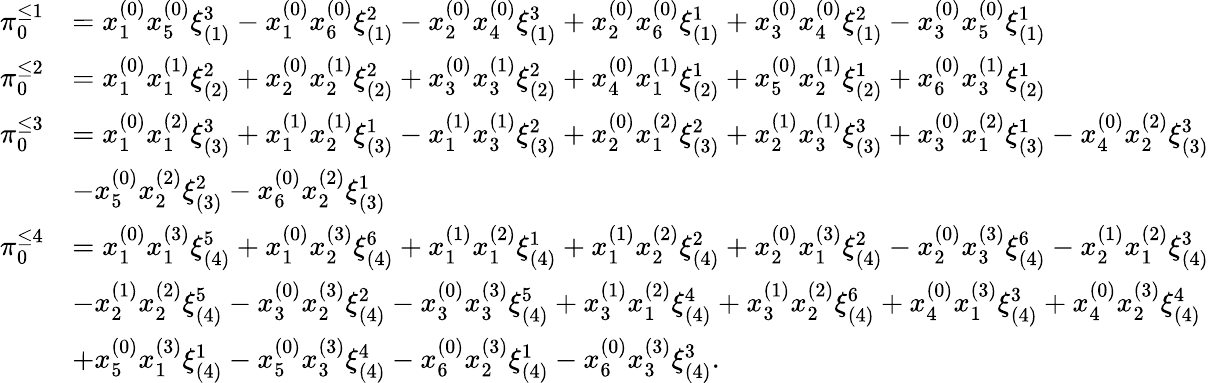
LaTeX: \begin{array}{rl}{\pi_{0}^{\leq 1}}&{=x_{1}^{(0)}x_{5}^{(0)}\xi_{(1)}^{3}-x_{1}^{(0)}x_{6}^{(0)}\xi_{(1)}^{2}-x_{2}^{(0)}x_{4}^{(0)}\xi_{(1)}^{3}+x_{2}^{(0)}x_{6}^{(0)}\xi_{(1)}^{1}+x_{3}^{(0)}x_{4}^{(0)}\xi_{(1)}^{2}-x_{3}^{(0)}x_{5}^{(0)}\xi_{(1)}^{1}}\\ {\pi_{0}^{\leq 2}}&{=x_{1}^{(0)}x_{1}^{(1)}\xi_{(2)}^{2}+x_{2}^{(0)}x_{2}^{(1)}\xi_{(2)}^{2}+x_{3}^{(0)}x_{3}^{(1)}\xi_{(2)}^{2}+x_{4}^{(0)}x_{1}^{(1)}\xi_{(2)}^{1}+x_{5}^{(0)}x_{2}^{(1)}\xi_{(2)}^{1}+x_{6}^{(0)}x_{3}^{(1)}\xi_{(2)}^{1}}\\ {\pi_{0}^{\leq 3}}&{=x_{1}^{(0)}x_{1}^{(2)}\xi_{(3)}^{3}+x_{1}^{(1)}x_{2}^{(1)}\xi_{(3)}^{1}-x_{1}^{(1)}x_{3}^{(1)}\xi_{(3)}^{2}+x_{2}^{(0)}x_{1}^{(2)}\xi_{(3)}^{2}+x_{2}^{(1)}x_{3}^{(1)}\xi_{(3)}^{3}+x_{3}^{(0)}x_{1}^{(2)}\xi_{(3)}^{1}-x_{4}^{(0)}x_{2}^{(2)}\xi_{(3)}^{3}}\\ &{-x_{5}^{(0)}x_{2}^{(2)}\xi_{(3)}^{2}-x_{6}^{(0)}x_{2}^{(2)}\xi_{(3)}^{1}}\\ {\pi_{0}^{\leq 4}}&{=x_{1}^{(0)}x_{1}^{(3)}\xi_{(4)}^{5}+x_{1}^{(0)}x_{2}^{(3)}\xi_{(4)}^{6}+x_{1}^{(1)}x_{1}^{(2)}\xi_{(4)}^{1}+x_{1}^{(1)}x_{2}^{(2)}\xi_{(4)}^{2}+x_{2}^{(0)}x_{1}^{(3)}\xi_{(4)}^{2}-x_{2}^{(0)}x_{3}^{(3)}\xi_{(4)}^{6}-x_{2}^{(1)}x_{1}^{(2)}\xi_{(4)}^{3}}\\ &{-x_{2}^{(1)}x_{2}^{(2)}\xi_{(4)}^{5}-x_{3}^{(0)}x_{2}^{(3)}\xi_{(4)}^{2}-x_{3}^{(0)}x_{3}^{(3)}\xi_{(4)}^{5}+x_{3}^{(1)}x_{1}^{(2)}\xi_{(4)}^{4}+x_{3}^{(1)}x_{2}^{(2)}\xi_{(4)}^{6}+x_{4}^{(0)}x_{1}^{(3)}\xi_{(4)}^{3}+x_{4}^{(0)}x_{2}^{(3)}\xi_{(4)}^{4}}\\ &{+x_{5}^{(0)}x_{1}^{(3)}\xi_{(4)}^{1}-x_{5}^{(0)}x_{3}^{(3)}\xi_{(4)}^{4}-x_{6}^{(0)}x_{2}^{(3)}\xi_{(4)}^{1}-x_{6}^{(0)}x_{3}^{(3)}\xi_{(4)}^{3}.}\end{array}